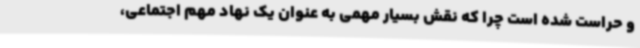
و حراست شده است چرا که نقش بسیار مهمی به عنوان یک نهاد مهم اجتماعی،